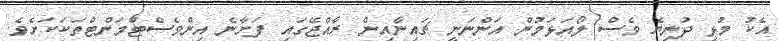
އެކު މުޅި ދުނިޔެ ވެސް ލޯއަޅަމުން އަންނަނީ ޗައިނާއިން ރާއްޖޭގައި ފަށާނެ އިންވެސްޓްމަންޓްތަކަކަށެވެ.